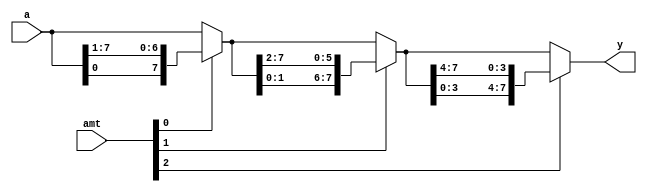
module barrel_shift_stage(
  input wire [7:0] a,
  input wire [2:0] amt,
  output reg [7:0] y
);
  wire [7:0] s0,s1;
  assign s0 = amt[0]? {a[0],a[7:1]} : a;
  assign s1 = amt[1] ? {s0[1:0],s0[7:2]} : s0;
  assign y = amt[2] ? {s1[3:0], s1[7:4]} : s1;
endmodule